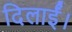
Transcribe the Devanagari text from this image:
दिलाईं।